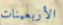
الأربعينات